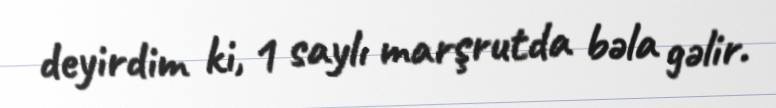
deyirdim ki, 1 saylı marşrutda bəla gəlir.